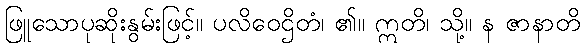
ဖြူသောပုဆိုးနွမ်းဖြင့်။ ပလိဝေဌိတံ၊ ၏။ ဣတိ၊ သို့။ န ဇာနာတိ